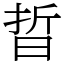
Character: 晢